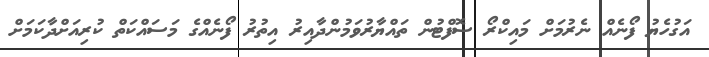
އަގުހެޔު ފޯނެއް ނެރުމަށް މައިކްރޯ ސޮފްޓުން ތައްޔާރުވަމުންދާއިރު އިތުރު ފޯނެއްގެ މަސައްކަތް ކުރިއަށްދާކަމަށް